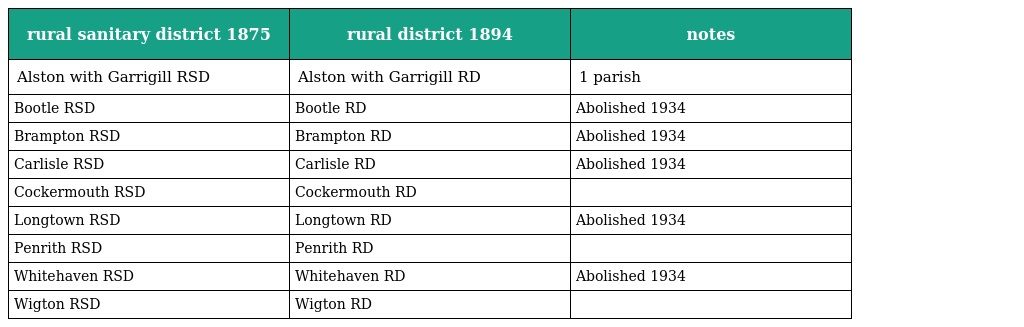
| rural sanitary district 1875 | rural district 1894 | notes |
 | --- | --- | --- |
 | Alston with Garrigill RSD | Alston with Garrigill RD | 1 parish |
 | Bootle RSD | Bootle RD | Abolished 1934 |
 | Brampton RSD | Brampton RD | Abolished 1934 |
 | Carlisle RSD | Carlisle RD | Abolished 1934 |
 | Cockermouth RSD | Cockermouth RD |  |
 | Longtown RSD | Longtown RD | Abolished 1934 |
 | Penrith RSD | Penrith RD |  |
 | Whitehaven RSD | Whitehaven RD | Abolished 1934 |
 | Wigton RSD | Wigton RD |  |